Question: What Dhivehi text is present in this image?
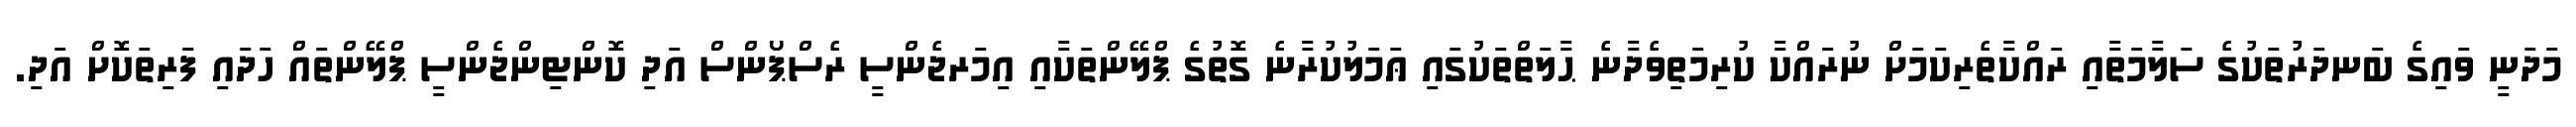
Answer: މަދަނީ ވައިގެ ބަނދަރުތަކުގެ ސަލާމަތާއި ރައްކާތެރިކަމަށް ނުރައްކާ ކުރިމަތިވެދާނެ ޙާލަތްތަކުގައި ޢަމަލުކުރާނެ ގޮތުގެ ޕްލޭންތަކާއި އިމަރޖެންސީ ރެސްޕޯންސް އަދި ކޮންޓިންޖެންސީ ޕްލޭންތައް ހަދައި ފަރިތަކޮށް އަދި.